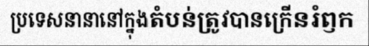
ប្រទេសនានានៅក្នុងតំបន់ត្រូវបានក្រើនរំឭក